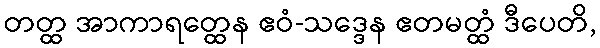
တတ္ထ အာကာရတ္ထေန ဧဝံ-သဒ္ဒေန ဧတမတ္ထံ ဒီပေတိ,